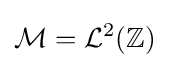
{\mathcal {M}}={\mathcal {L}}^{2}(\mathbb {Z} )